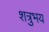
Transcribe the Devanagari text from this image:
शत्रुभय